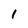
Character: 1